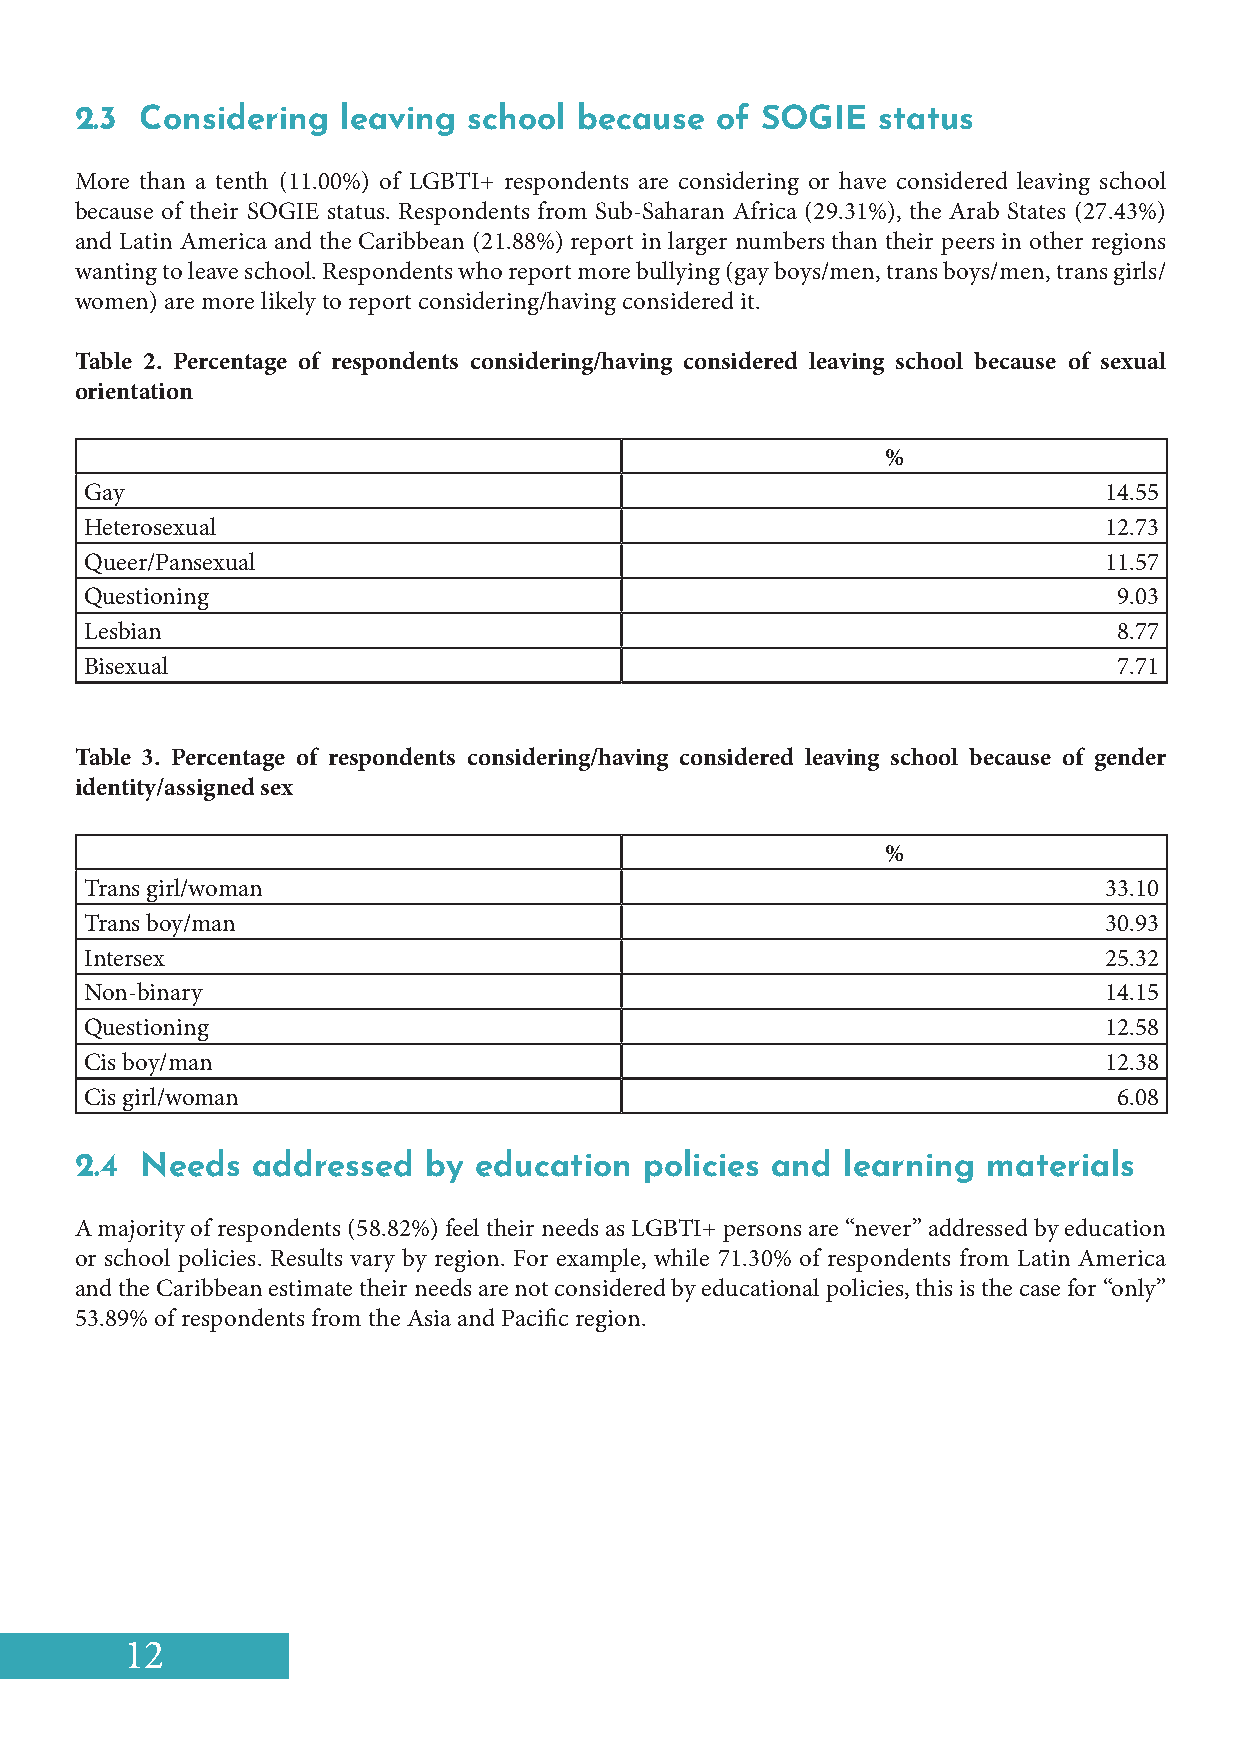
2.3 Considering   leaving school because  of SOGIE   status
 More than a tenth (11.00%) of LGBTI+ respondents are considering or have considered leaving school
 because of their SOGIE status. Respondents from Sub-Saharan Africa (29.31%), the Arab States (27.43%)
 and Latin America and the Caribbean (21.88%) report in larger numbers than their peers in other regions
 wanting to leave school. Respondents who report more bullying (gay boys/men, trans boys/men, trans girls/
 women) are more likely to report considering/having considered it.
 Table 2. Percentage of respondents considering/having considered leaving school because of sexual
 orientation
 %
 Gay                                                                14.55
 Heterosexual                                                       12.73
 Queer/Pansexual                                                    11.57
 Questioning                                                         9.03
 Lesbian                                                             8.77
 Bisexual                                                            7.71
 Table 3. Percentage of respondents considering/having considered leaving school because of gender
 identity/assigned sex
 %
 Trans girl/woman                                                   33.10
 Trans boy/man                                                      30.93
 Intersex                                                           25.32
 Non-binary                                                         14.15
 Questioning                                                        12.58
 Cis boy/man                                                        12.38
 Cis girl/woman                                                      6.08
 2.4 Needs   addressed  by education   policies and learning materials
 A majority of respondents (58.82%) feel their needs as LGBTI+ persons are “never” addressed by education
 or school policies. Results vary by region. For example, while 71.30% of respondents from Latin America
 and the Caribbean estimate their needs are not considered by educational policies, this is the case for “only”
 53.89% of respondents from the Asia and Pacific region.
 12